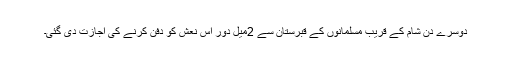
دوسرے دن شام کے قریب مسلمانوں کے قبرستان سے 2میل دور اس نعش کو دفن کرنے کی اجازت دی گئی۔